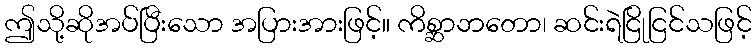
ဤသို့ဆိုအပ်ပြီးသော အပြားအားဖြင့်။ ကိစ္ဆာဘတော၊ ဆင်းရဲငြိုငြင်သဖြင့်